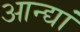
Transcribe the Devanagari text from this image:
आन्द्यां